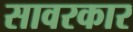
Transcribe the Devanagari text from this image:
सावरकार